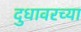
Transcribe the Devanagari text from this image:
दुधावरच्या